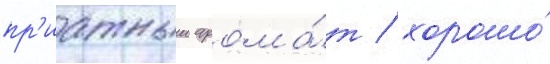
пр'иатныи арома́т / хорошо́